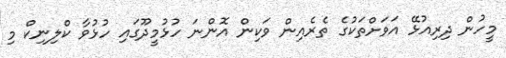
މީހުން ދިރިއުޅޭ އަވަށްތަކުގެ ތެރެއިން ވަކިން އޮންނަ ހުޅުމީދޫގައި ހުޅުވާ ކްލިނިކް މި